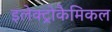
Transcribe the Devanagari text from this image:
इलेक्ट्रोकैमिकल